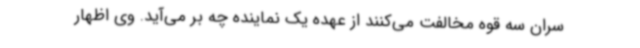
سران سه قوه مخالفت می‌کنند از عهده یک نماینده چه بر می‌آید. وی اظهار